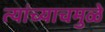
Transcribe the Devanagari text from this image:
त्यांच्याचमुळे